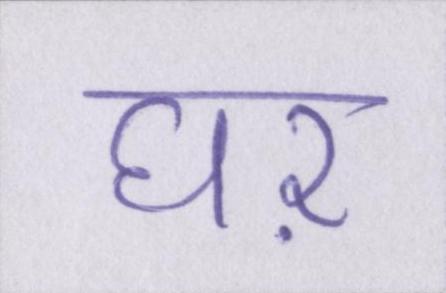
घऱ